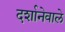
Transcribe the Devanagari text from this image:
दर्शानेवाले